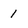
Character: 1